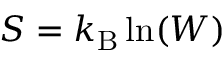
S = k _ { \mathrm { B } } \ln ( W )